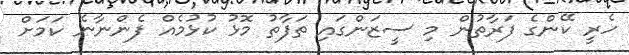
ހެރީ ކޭންގެ ފަރާތުން މި ސީޒަންގައި ތަފާތު މޮޅު ކުޅުމެއް ފެންނާނެ ކަމަށް